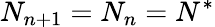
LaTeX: N_{n+1}=N_{n}=N^{*}